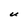
Character: U